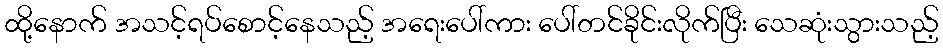
ထို့နောက် အသင့်ရပ်စောင့်နေသည့် အရေးပေါ်ကား ပေါ်တင်ခိုင်းလိုက်ပြီး သေဆုံးသွားသည့်